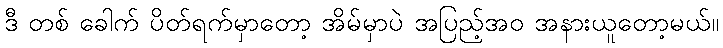
ဒီ တစ် ခေါက် ပိတ်ရက်မှာတော့ အိမ်မှာပဲ အပြည့်အဝ အနားယူတော့မယ်။